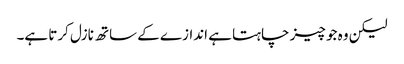
لیکن وہ جو چیز چاہتا ہے اندازے کے ساتھ نازل کرتا ہے۔